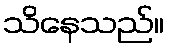
သိနေသည်။